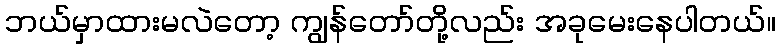
ဘယ်မှာထားမလဲတော့ ကျွန်တော်တို့လည်း အခုမေးနေပါတယ်။